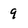
Character: 9